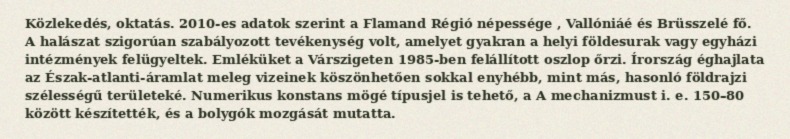
Közlekedés, oktatás. 2010-es adatok szerint a Flamand Régió népessége , Vallóniáé és Brüsszelé fő. A halászat szigorúan szabályozott tevékenység volt, amelyet gyakran a helyi földesurak vagy egyházi intézmények felügyeltek. Emléküket a Várszigeten 1985-ben felállított oszlop őrzi. Írország éghajlata az Észak-atlanti-áramlat meleg vizeinek köszönhetően sokkal enyhébb, mint más, hasonló földrajzi szélességű területeké. Numerikus konstans mögé típusjel is tehető, a A mechanizmust i. e. 150–80 között készítették, és a bolygók mozgását mutatta.